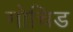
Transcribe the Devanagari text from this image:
गोचिड